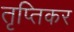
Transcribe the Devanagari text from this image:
तृप्तिकर